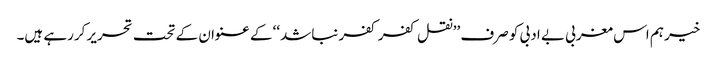
خیر ہم اس مغربی بے ادبی کو صرف ’’نقل کفر کفر نباشد‘‘ کے عنوان کے تحت تحریر کررہے ہیں۔